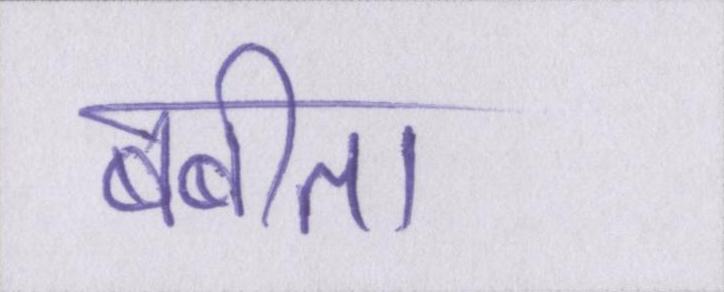
बबीता